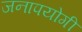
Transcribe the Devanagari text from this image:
जनापयोगी